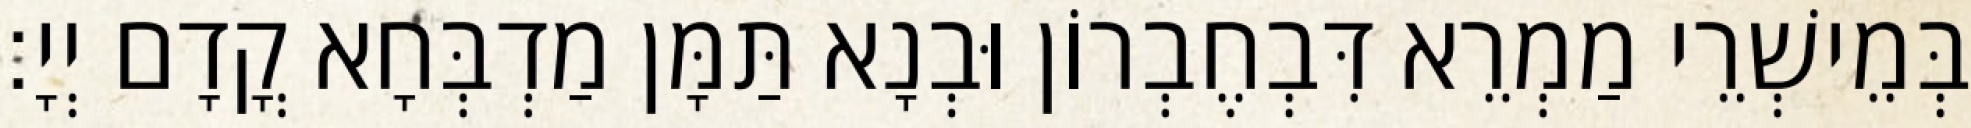
בְּמֵישְׁרֵי מַמְרֵא דִּבְחֶבְרוֹן וּבְנָא תַּמָּן מַדְבְּחָא קֳדָם יְיָ׃